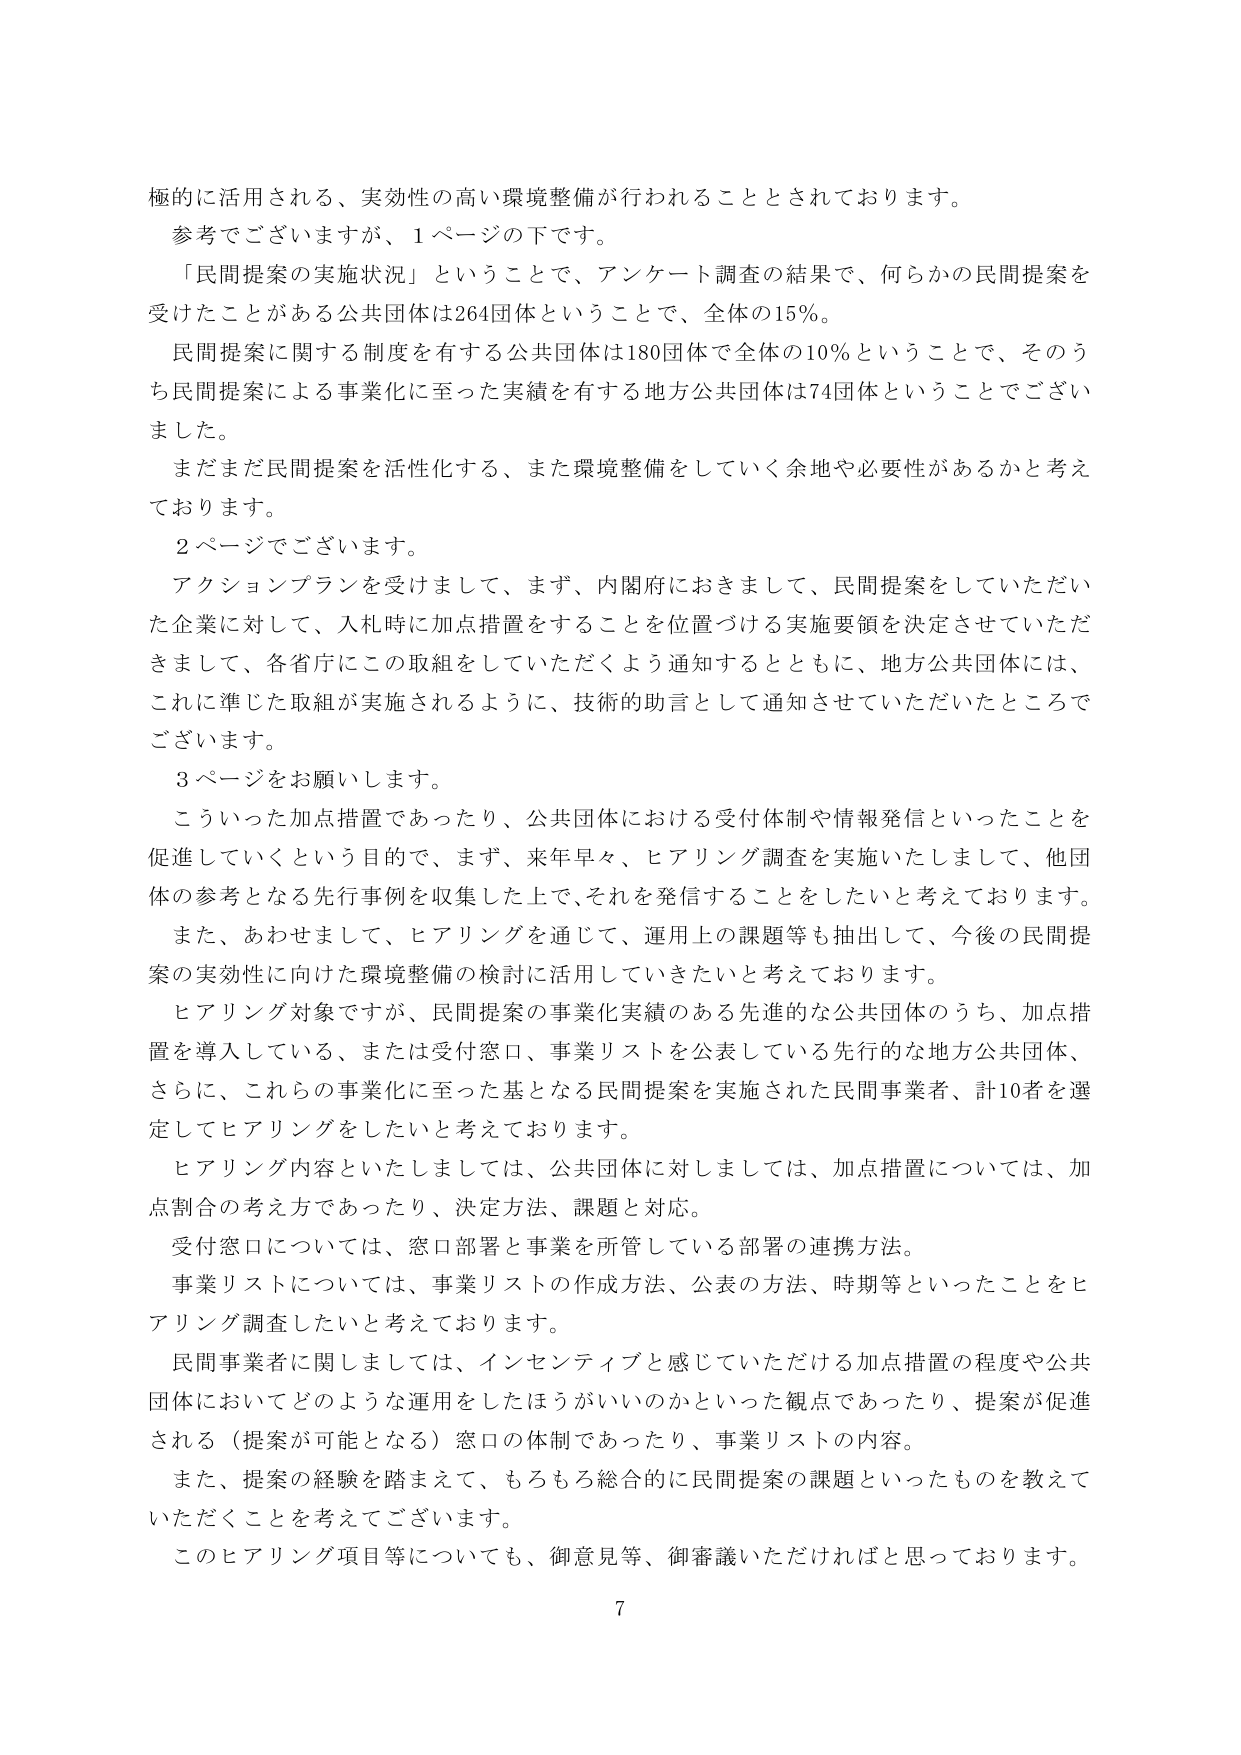
極的に活用される、実効性の高い環境整備が行われることとされております。
参考でございますが、１ページの下です。
「民間提案の実施状況」ということで、アンケート調査の結果で、何らかの民間提案を受けたことがある公共団体は264団体ということで、全体の15％。
民間提案に関する制度を有する公共団体は180団体で全体の10％ということで、そのうち民間提案による事業化に至った実績を有する地方公共団体は74団体ということでございました。
まだまだ民間提案を活性化する、また環境整備をしていく余地や必要性があるかと考えております。
２ページでございます。
アクションプランを受けまして、まず、内閣府におきまして、民間提案をしていただいた企業に対して、入札時に加点措置をすることを位置づける実施要領を決定させていただきまして、各省庁にこの取組をしていただくよう通知するとともに、地方公共団体には、これに準じた取組が実施されるように、技術的助言として通知させていただいたところでございます。
３ページをお願いします。
こういった加点措置であったり、公共団体における受付体制や情報発信といったことを促進していくという目的で、まず、来年早々、ヒアリング調査を実施いたしまして、他団体の参考となる先行事例を収集した上で、それを発信することをしたいと考えております。
また、あわせまして、ヒアリングを通じて、運用上の課題等も抽出して、今後の民間提案の実効性に向けた環境整備の検討に活用していきたいと考えております。
ヒアリング対象ですが、民間提案の事業化実績のある先進的な公共団体のうち、加点措置を導入している、または受付窓口、事業リストを公表している先行的な地方公共団体、さらに、これらの事業化に至った基となる民間提案を実施された民間事業者、計10者を選定してヒアリングをしたいと考えております。
ヒアリング内容といたしましては、公共団体に対しましては、加点措置については、加点割合の考え方であったり、決定方法、課題と対応。
受付窓口については、窓口部署と事業を所管している部署の連携方法。
事業リストについては、事業リストの作成方法、公表の方法、時期等といったことをヒアリング調査したいと考えております。
民間事業者に関しましては、インセンティブと感じていただける加点措置の程度や公共団体においてどのような運用をしたほうがいいのかといった観点であったり、提案が促進される（提案が可能となる）窓口の体制であったり、事業リストの内容。
また、提案の経験を踏まえて、もろもろ総合的に民間提案の課題といったものを教えていただくことを考えてございます。
このヒアリング項目等についても、御意見等、御審議いただければと思っております。
7